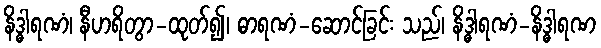
နိဒ္ဓါရဏံ၊ နီဟရိတွာ-ထုတ်၍၊ ဓာရဏံ-ဆောင်ခြင်း သည်၊ နိဒ္ဓါရဏံ-နိဒ္ဓါရဏ